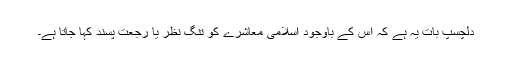
دلچسپ بات یہ ہے کہ اس کے باوجود اسلامی معاشرے کو تنگ نظر یا رجعت پسند کہا جاتا ہے۔